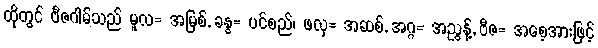
ထိုတွင် ဗီဇဂါမ်သည် မူလ= အမြစ်, ခန္ဓ= ပင်စည်၊ ဖလု= အဆစ်, အဂ္ဂ= အညွန့်, ဗီဇ= အစေ့အားဖြင့်